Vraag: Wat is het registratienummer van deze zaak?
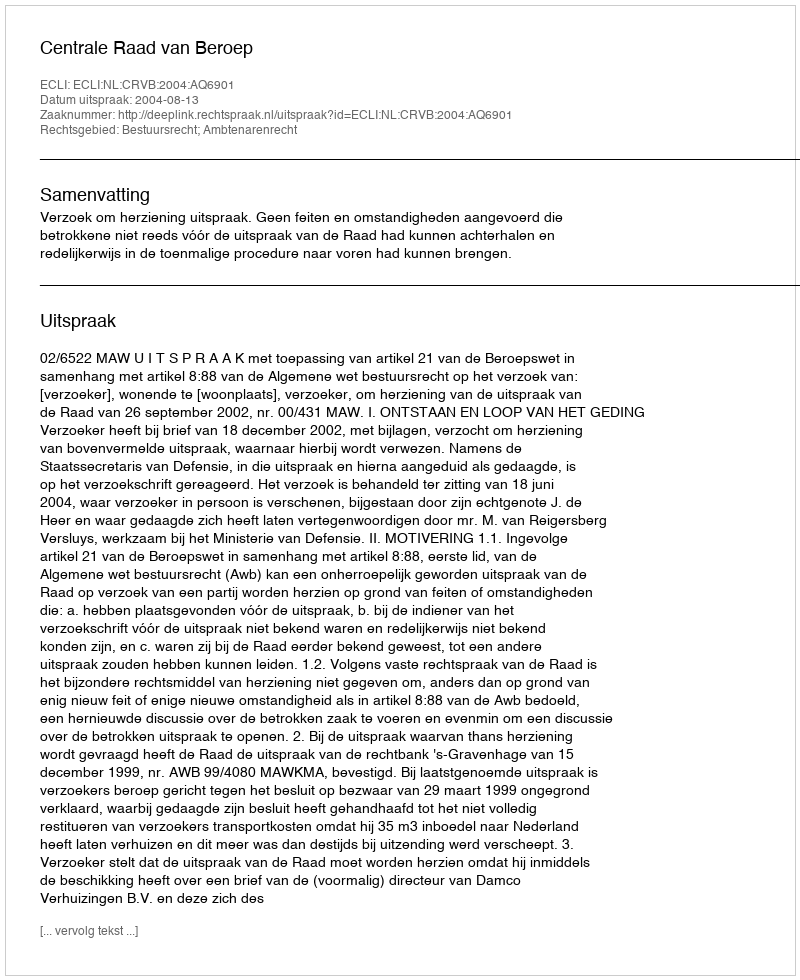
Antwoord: http://deeplink.rechtspraak.nl/uitspraak?id=ECLI:NL:CRVB:2004:AQ6901